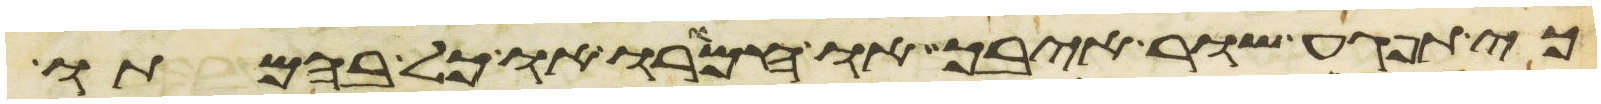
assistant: כי תפגע שור איבך או חמורו או כל בהמתו